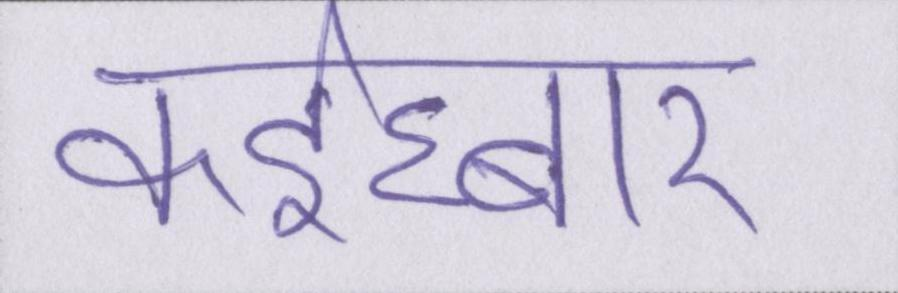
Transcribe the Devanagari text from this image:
कईघ्बार